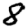
Digit: 8